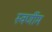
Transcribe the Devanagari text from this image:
स्वर्णीम